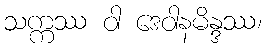
သက္ကဿ ဝါ ဒေဝါနမိန္ဒဿ၊